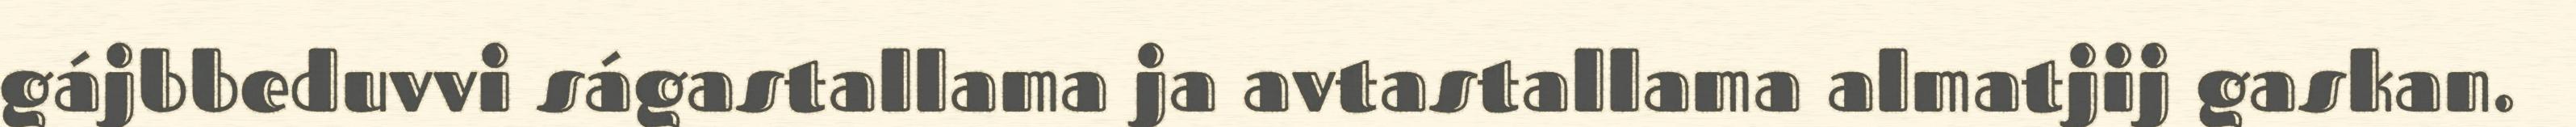
gájbbeduvvi ságastallama ja avtastallama almatjij gaskan.